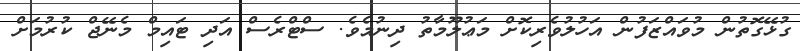
ގުޅޭގޮތުން މުވައްޒަފުން އަހުލުވެރިކޮށް މަޢުލޫމާތު ދިނުމެވެ. ސްޓްރެސް އަދި ޓައިމް މެނޭޖް ކުރުމަށް